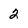
Character: 2